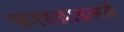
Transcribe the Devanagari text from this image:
फ़ाइब्राइलर्स